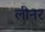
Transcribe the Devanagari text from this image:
लीनर